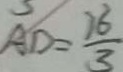
A D = \frac { 1 6 } { 3 }